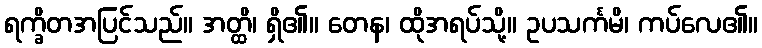
ရက္ခိတအပြင်သည်။ အတ္ထိ၊ ရှိ၏။ တေန၊ ထိုအရပ်သို့။ ဥပသင်္ကမိ၊ ကပ်လေ၏။